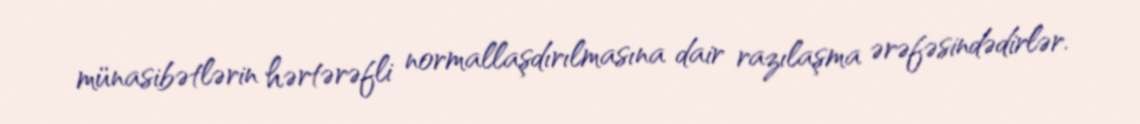
münasibətlərin hərtərəfli normallaşdırılmasına dair razılaşma ərəfəsindədirlər.